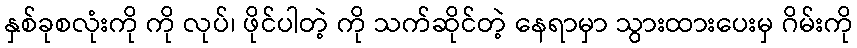
နှစ်ခုစလုံးကို ကို လုပ်၊ ဖိုင်ပါတဲ့ ကို သက်ဆိုင်တဲ့ နေရာမှာ သွားထားပေးမှ ဂိမ်းကို